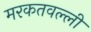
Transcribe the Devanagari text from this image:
मरकतवल्ली